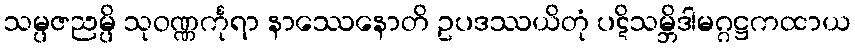
သမ္ပဇညမ္ပိ သုဝဏ္ဏင်္ကုရာ နာဿေနောတိ ဥပဒဿယိတုံ ပဋိသမ္ဘိဒါမဂ္ဂဋ္ဌကထာယ